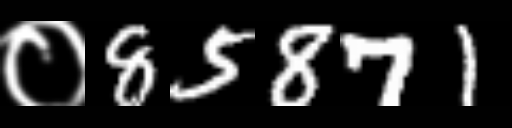
Text: ०85871